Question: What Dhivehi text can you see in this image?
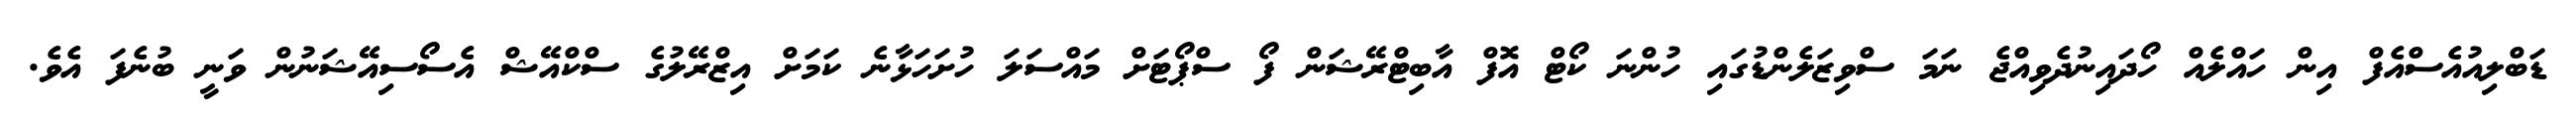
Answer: ޑަބްލިއުއެސްއެފް އިން ހައްލެއް ހޯދައިނުދެވިއްޖެ ނަމަ ސްވިޒަލެންޑުގައި ހުންނަ ކޯޓް އޮފް އާބިޓްރޭޝަން ފޯ ސްޕޯޓަށް މައްސަލަ ހުށަހަޅާނެ ކަމަށް އިޒްރޭލުގެ ސްކްއޭޝް އެސޯސިއޭޝަނުން ވަނީ ބުނެފަ އެވެ.